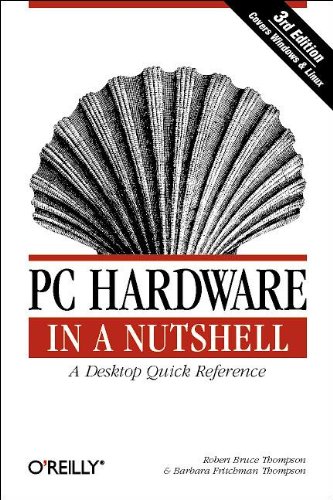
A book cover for PC Hardware in a Nutshell, 3rd Edition; Robert Bruce Thompson; Computers & Technology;